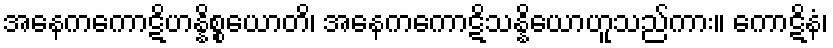
အနေကကောဋိဟန္နိစ္စယောတိ၊ အနေကကောဋိသန္နိယောဟူသည်ကား။ ကောဋိနံ၊